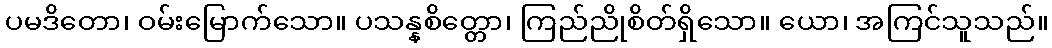
ပမဒိတော၊ ဝမ်းမြောက်သော။ ပသန္နစိတ္တော၊ ကြည်ညိုစိတ်ရှိသော။ ယော၊ အကြင်သူသည်။